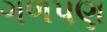
ગળપણ